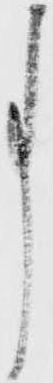
事